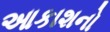
આકાશનો